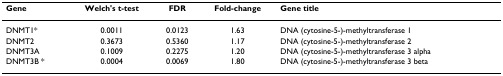
<table><thead><tr><td><b>Gene</b></td><td><b>Welch&#x27;s t-test</b></td><td><b>FDR</b></td><td><b>Fold-change</b></td><td><b>Gene title</b></td></tr></thead><tbody><tr><td>DNMT1*</td><td>0.0011</td><td>0.0123</td><td>1.63</td><td>DNA (cytosine-5-)-methyltransferase 1</td></tr><tr><td>DNMT2</td><td>0.3673</td><td>0.5360</td><td>1.17</td><td>DNA (cytosine-5-)-methyltransferase 2</td></tr><tr><td>DNMT3A</td><td>0.1009</td><td>0.2275</td><td>1.20</td><td>DNA (cytosine-5-)-methyltransferase 3 alpha</td></tr><tr><td>DNMT3B *</td><td>0.0004</td><td>0.0069</td><td>1.80</td><td>DNA (cytosine-5-)-methyltransferase 3 beta</td></tr></tbody></table>